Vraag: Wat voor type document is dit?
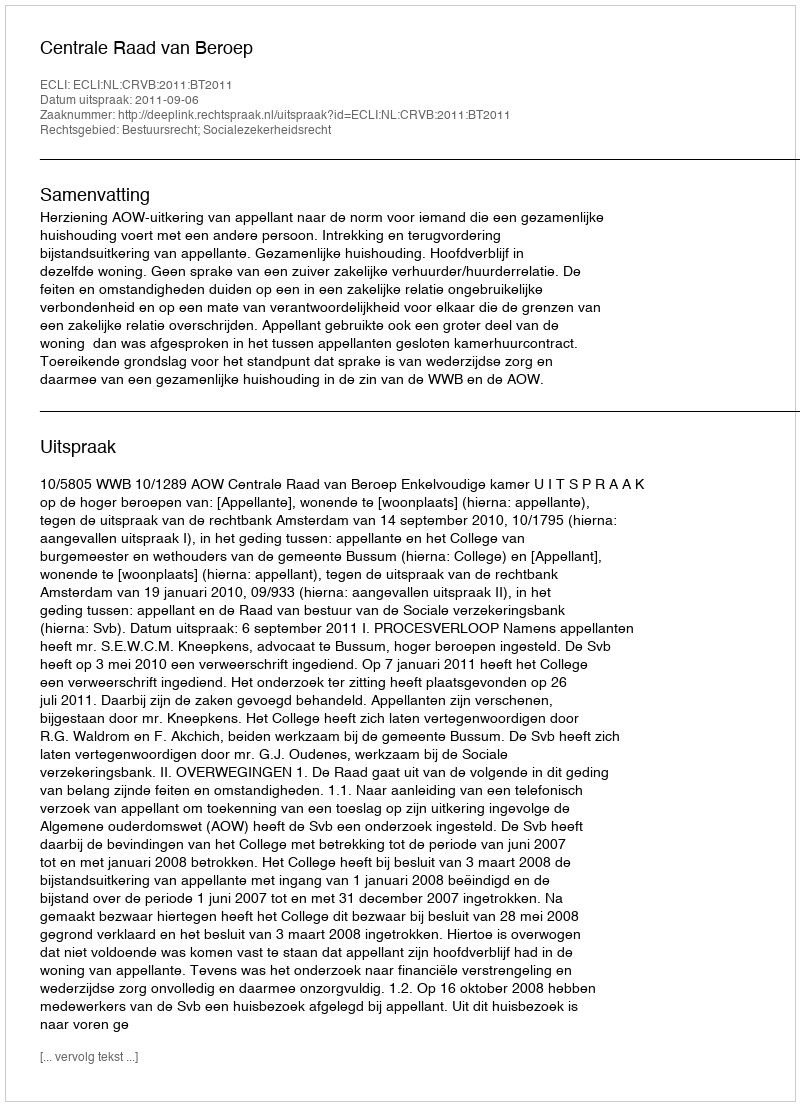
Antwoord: Uitspraak